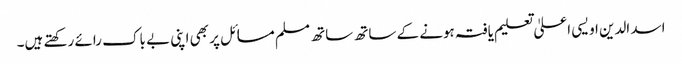
اسد الدین اویسی اعلیٰ تعلیم یافتہ ہونے کے ساتھ ساتھ مسلم مسائل پر بھی اپنی بے باک رائے رکھتے ہیں۔